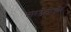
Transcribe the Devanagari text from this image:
नारडेलीऔर